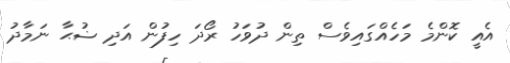
އެއީ ކޮންމެ މަހެއްގައިވެސް ތިން ދުވަހު ރޯދަ ހިފުން އަދި ޟުޙާ ނަމާދު